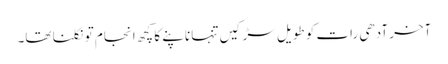
آخر آدھی رات کو طویل سڑکیں تنہا ناپنے کا کچھ انجام تو نکلنا تھا۔